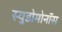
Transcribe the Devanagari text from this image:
स्युडोमोनॉस